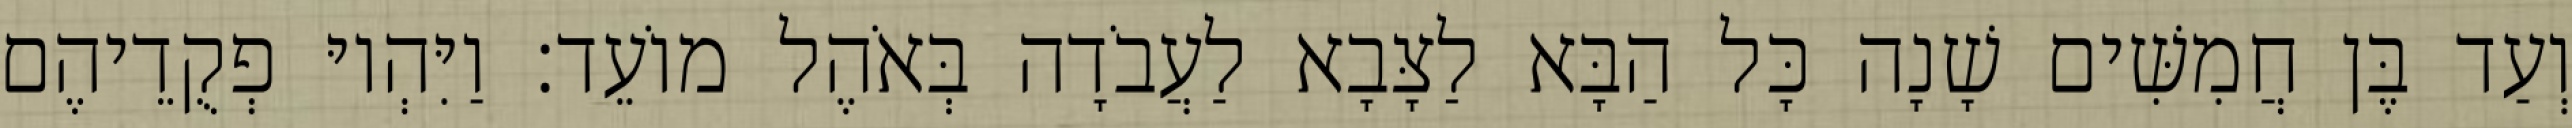
וְעַד בֶּן חֲמִשִּׁים שָׁנָה כָּל הַבָּא לַצָּבָא לַעֲבֹדָה בְּאֹהֶל מוֹעֵד׃ וַיִּהְיוּ פְקֻדֵיהֶם